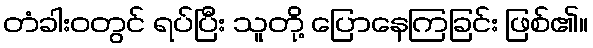
တံခါးဝတွင် ရပ်ပြီး သူတို့ ပြောနေကြခြင်း ဖြစ်၏။